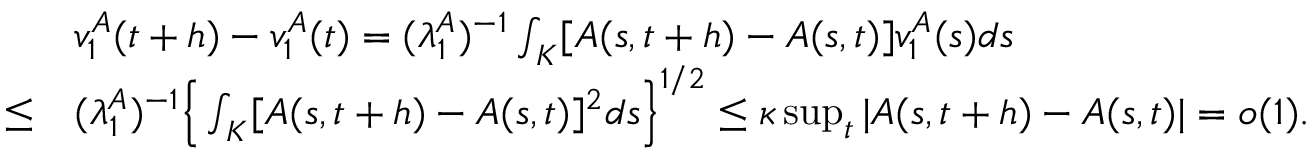
\begin{array} { r l } & { v _ { 1 } ^ { A } ( t + h ) - v _ { 1 } ^ { A } ( t ) = ( \lambda _ { 1 } ^ { A } ) ^ { - 1 } \int _ { K } [ A ( s , t + h ) - A ( s , t ) ] v _ { 1 } ^ { A } ( s ) d s } \\ { \le } & { ( \lambda _ { 1 } ^ { A } ) ^ { - 1 } \Big \{ \int _ { K } [ A ( s , t + h ) - A ( s , t ) ] ^ { 2 } d s \Big \} ^ { 1 / 2 } \le \kappa \operatorname* { s u p } _ { t } | A ( s , t + h ) - A ( s , t ) | = o ( 1 ) . } \end{array}